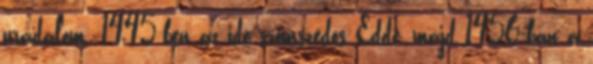
uradalom. 1445-ben az ide szomszédos Edde, majd 1456-ban a